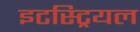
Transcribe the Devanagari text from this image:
इटस्ट्रियल